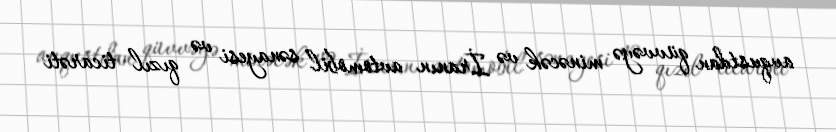
avqustdan qüvvəyə minəcək və İranın avtomobil sənayesi və qızıl ticarəti